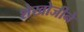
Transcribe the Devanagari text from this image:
शेखोजीने